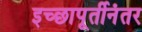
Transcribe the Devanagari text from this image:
इच्छापूर्तीनंतर